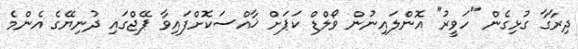
ދިރާގާ ގުޅިގެން "ހަވީރު" އޮންލައިނުން ވޯލްޑް ކަޕަށް ޚާއްސަކޮށްފައިވާ ޕޭޖްގައި ދުނިޔޭގެ އެންމެ